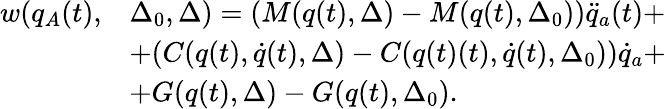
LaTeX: \begin{array}{rl}{w(q_{A}(t),}&{\Delta_{0},\Delta)=(M(q(t),\Delta)-M(q(t),\Delta_{0}))\ddot{q}_{a}(t)+}\\ &{+(C(q(t),\dot{q}(t),\Delta)-C(q(t)(t),\dot{q}(t),\Delta_{0}))\dot{q}_{a}+}\\ &{+G(q(t),\Delta)-G(q(t),\Delta_{0}).}\end{array}